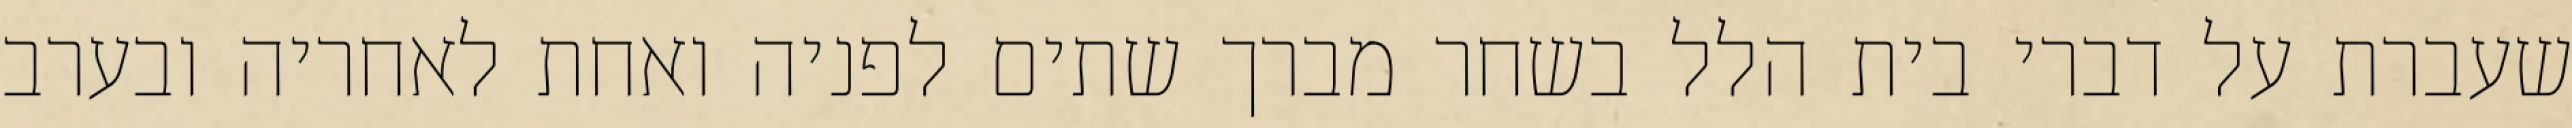
שעברת על דברי בית הלל בשחר מברך שתים לפניה ואחת לאחריה ובערב